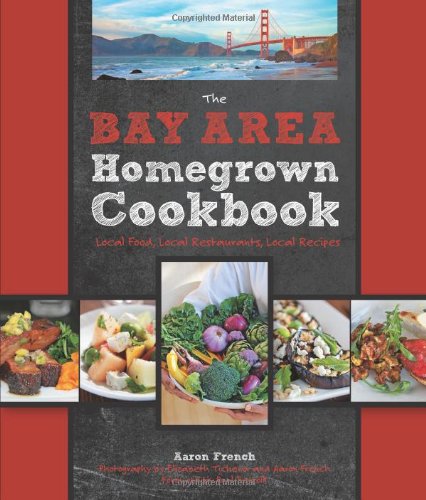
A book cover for The Bay Area Homegrown Cookbook: Local Food, Local Restaurants, Local Recipes (Homegrown Cookbooks); Cookbooks, Food & Wine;